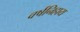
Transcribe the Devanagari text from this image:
वर्षनिहाय